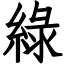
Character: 綠